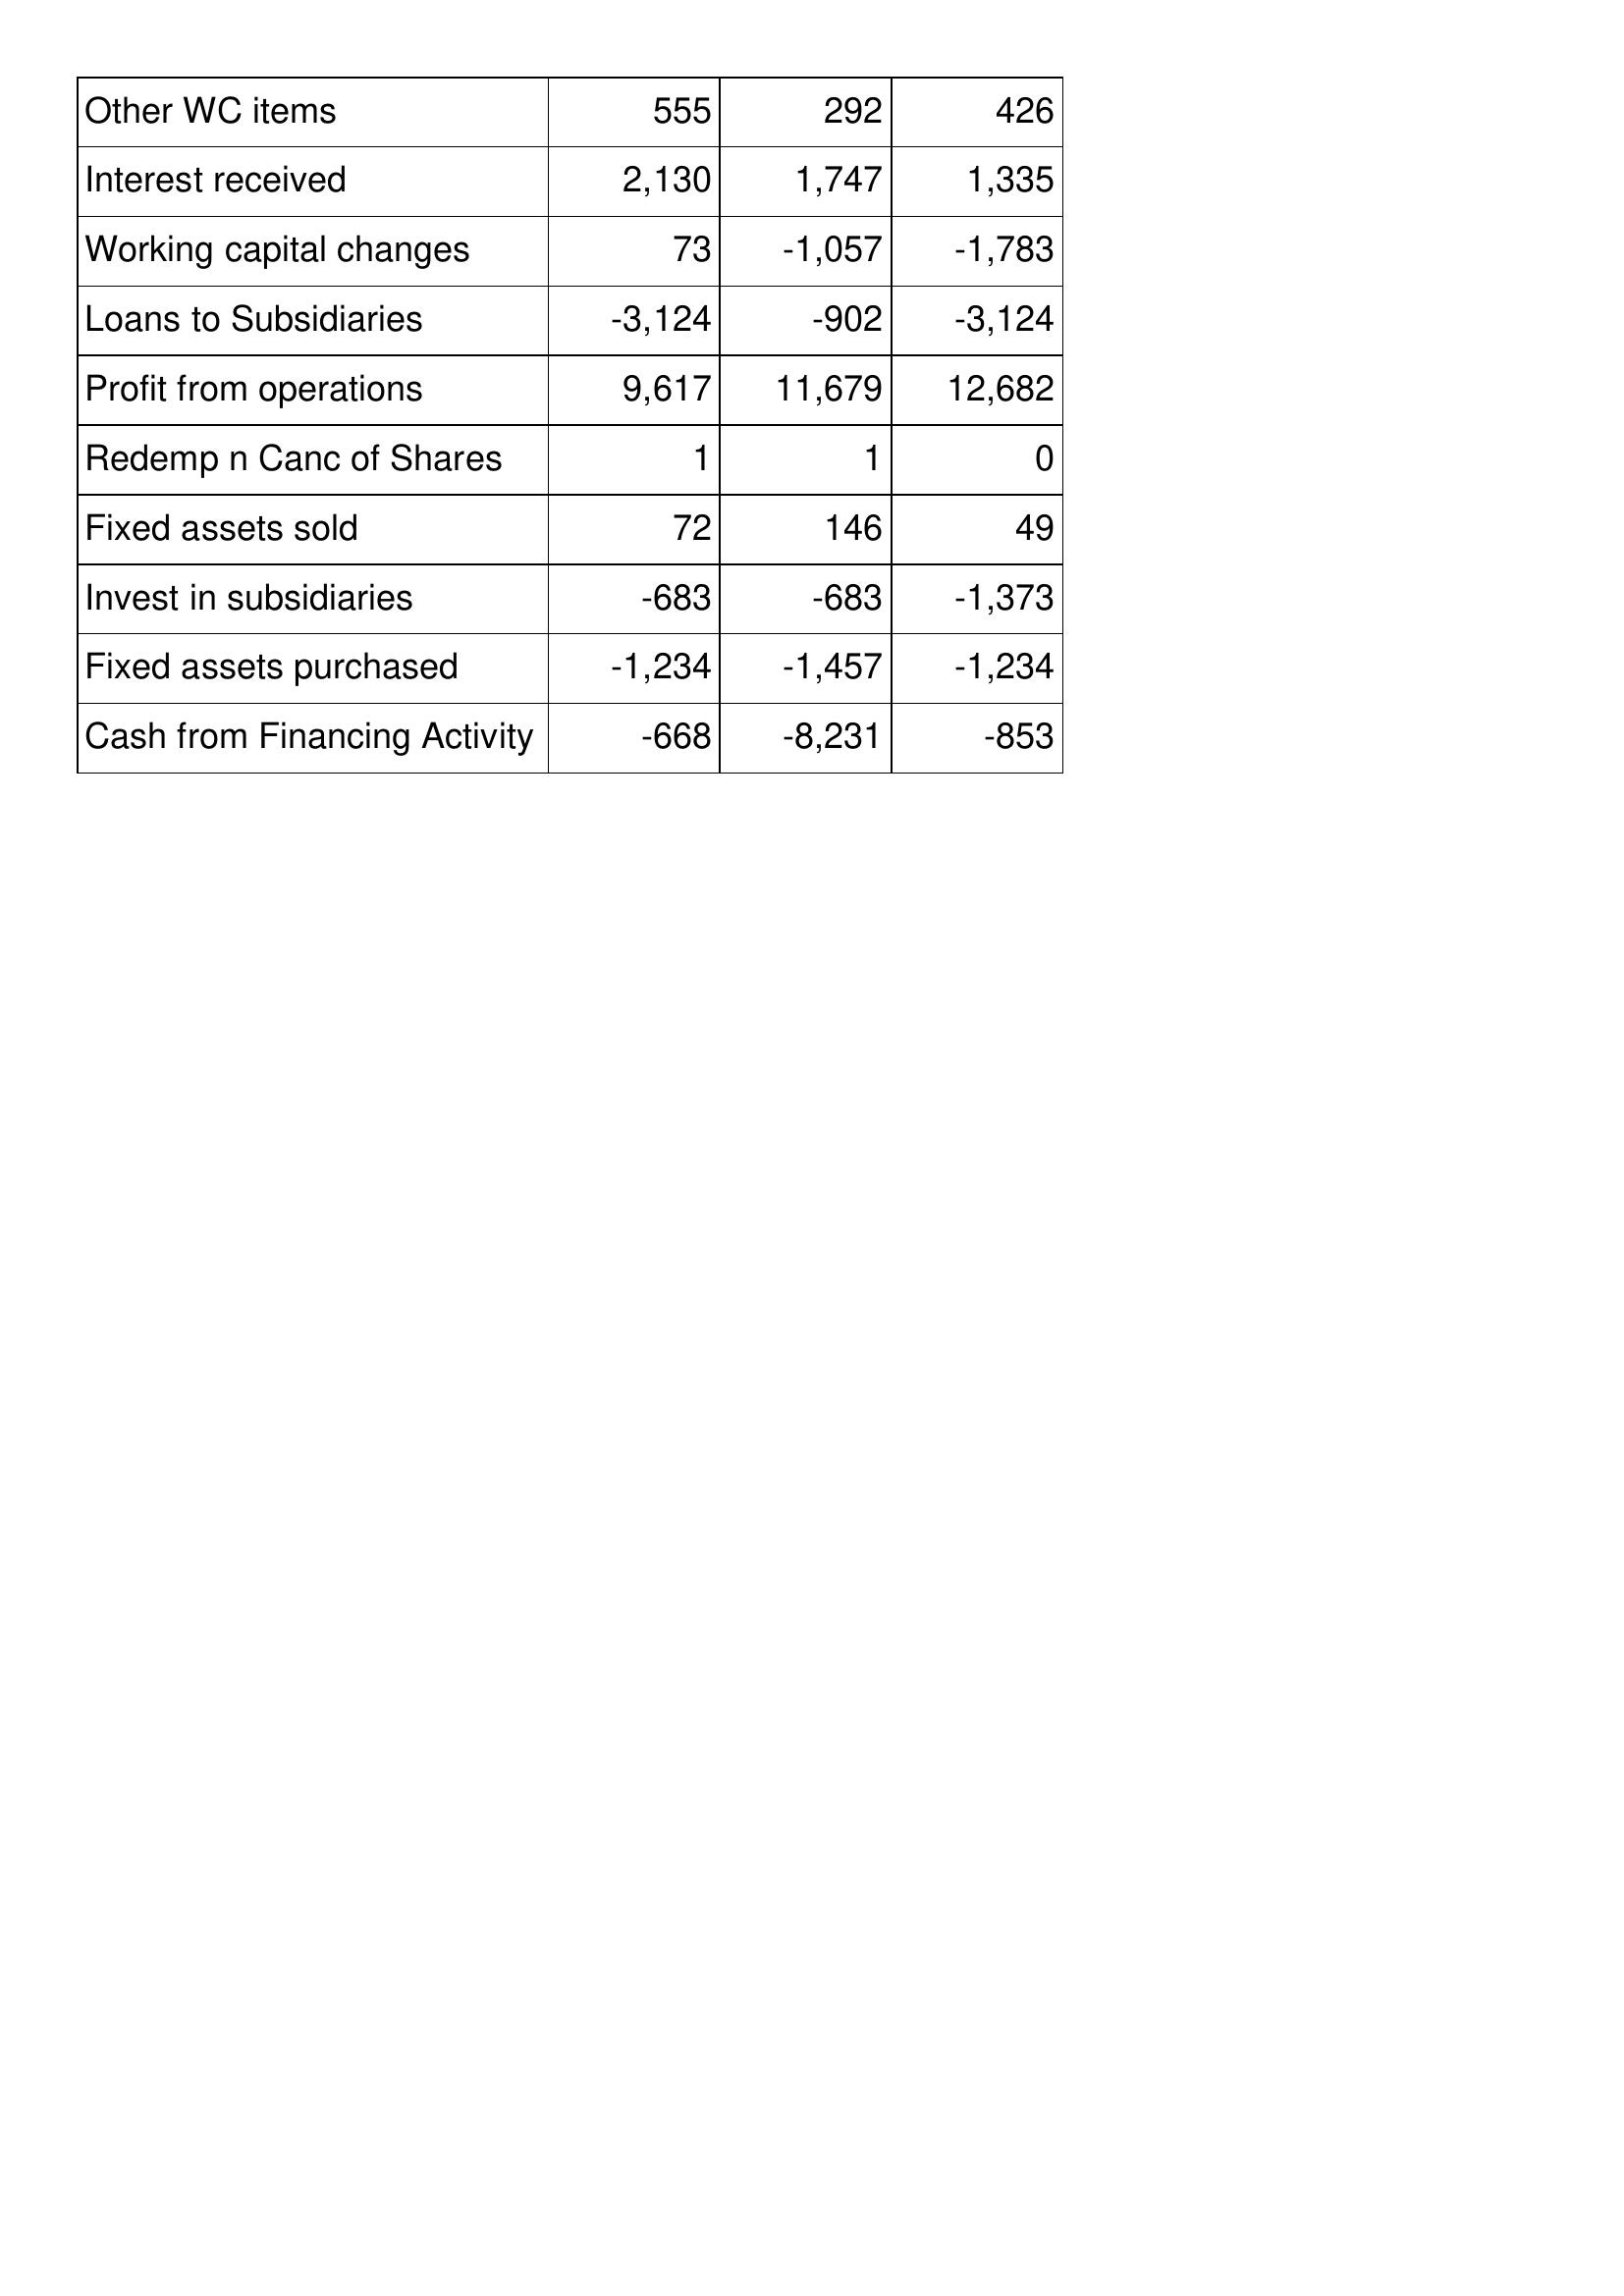
Jan-16: Cash Flows: Other WC items: 555
Interest received: 2,130
Working capital changes: 73
Loans to Subsidiaries: -3,124
Profit from operations: 9,617
Redemp n Canc of Shares: 1
Fixed assets sold: 72
Invest in subsidiaries: -683
Fixed assets purchased: -1,234
Cash from Financing Activity: -668
Jan-15: Cash Flows: Other WC items: 292
Interest received: 1,747
Working capital changes: -1,057
Loans to Subsidiaries: -902
Profit from operations: 11,679
Redemp n Canc of Shares: 1
Fixed assets sold: 146
Invest in subsidiaries: -683
Fixed assets purchased: -1,457
Cash from Financing Activity: -8,231
Jan-14: Cash Flows: Other WC items: 426
Interest received: 1,335
Working capital changes: -1,783
Loans to Subsidiaries: -3,124
Profit from operations: 12,682
Redemp n Canc of Shares: 0
Fixed assets sold: 49
Invest in subsidiaries: -1,373
Fixed assets purchased: -1,234
Cash from Financing Activity: -853